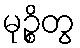
မုဉ္စိတွ